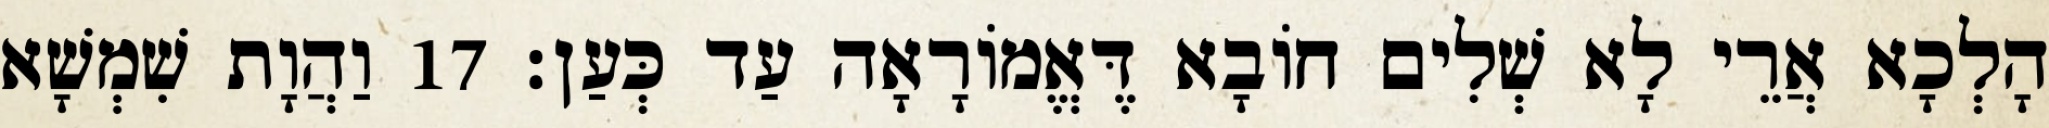
הָלְכָא אֲרֵי לָא שְׁלִים חוֹבָא דֶּאֱמוֹרָאָה עַד כְּעַן׃ 17 וַהֲוָת שִׁמְשָׁא